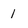
Character: 1